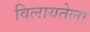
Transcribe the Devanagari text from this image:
विलायतेला